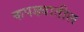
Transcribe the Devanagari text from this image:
कपड्यातील